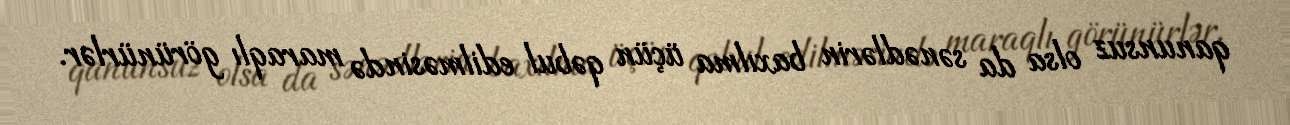
qanunsuz olsa da sənədlərin baxılma üçün qəbul edilməsində maraqlı görünürlər.